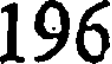
196